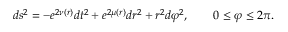
d s ^ { 2 } = - e ^ { 2 \nu ( r ) } d t ^ { 2 } + e ^ { 2 \mu ( r ) } d r ^ { 2 } + r ^ { 2 } d \varphi ^ { 2 } , \quad \quad 0 \leq \varphi \leq 2 \pi .